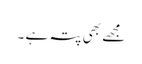
مجھے بھی پتہ ہے ۔